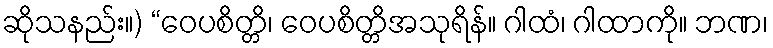
ဆိုသနည်း။) “ဝေပစိတ္တိ၊ ဝေပစိတ္တိအသုရိန်။ ဂါထံ၊ ဂါထာကို။ ဘဏ၊